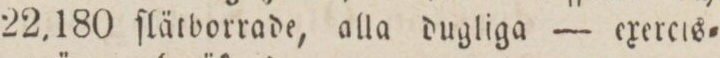
22,180 ſlätborrade, alla dugliga — exercis=